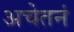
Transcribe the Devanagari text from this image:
अचेतनं